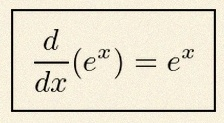
\frac{d}{dx}(e^x)=e^x